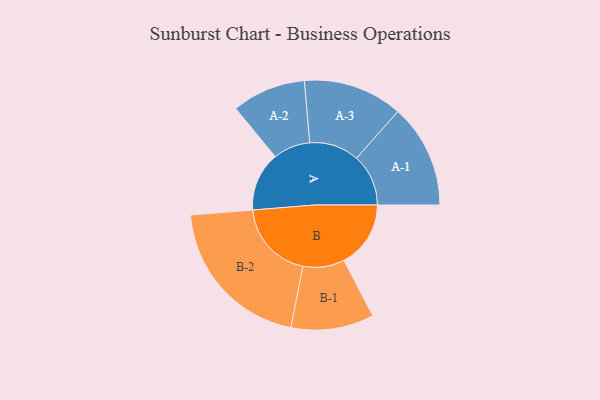
{"axis": {"x": "Segment", "y": "Value"}, "legend": ["", "A", "B"], "data": [{"x": "A", "y": 214, "type": ""}, {"x": "B", "y": 242, "type": ""}, {"x": "A-1", "y": 188, "type": "A"}, {"x": "A-2", "y": 134, "type": "A"}, {"x": "A-3", "y": 180, "type": "A"}, {"x": "B-1", "y": 150, "type": "B"}, {"x": "B-2", "y": 288, "type": "B"}]}